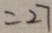
= 2 7